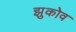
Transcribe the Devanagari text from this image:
झुकोव